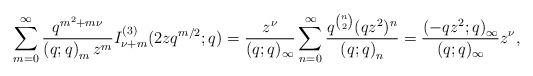
LaTeX: \begin{align*}\sum_{m=0}^{\infty}\frac{q^{m^{2}+m\nu}}{\left(q;q\right)_{m}z^{m}}I_{\nu+m}^{(3)}(2zq^{m/2};q)=\frac{z^{\nu}}{(q;q)_{\infty}}\sum_{n=0}^{\infty}\frac{q^{\binom{n}{2}}(qz^{2})^{n}}{\left(q;q\right)_{n}}=\frac{\left(-qz^{2};q\right)_{\infty}}{(q;q)_{\infty}}z^{\nu},\end{align*}